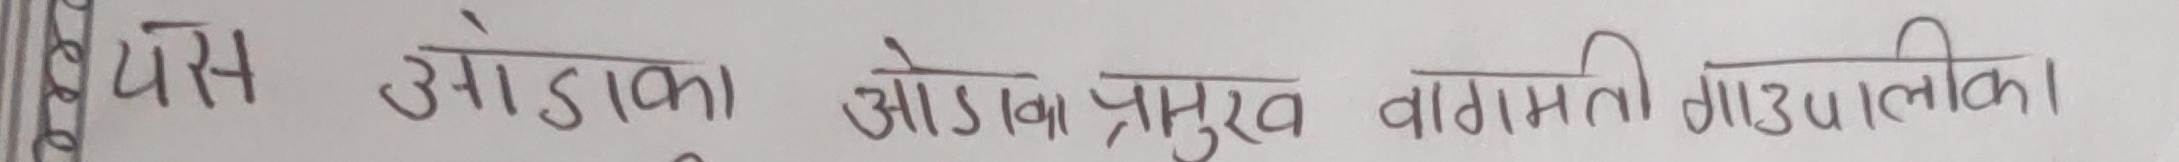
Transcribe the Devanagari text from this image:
थ्यपस ओडाका ओडावा प्रमुख वागमती गाउपालीका।